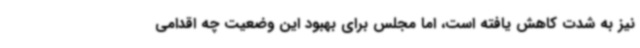
نیز به شدت کاهش یافته است، اما مجلس برای بهبود این وضعیت چه اقدامی